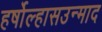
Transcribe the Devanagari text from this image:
हर्षोल्हासउन्माद